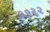
૭૭૨૨